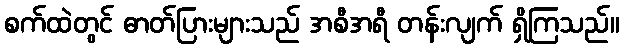
စက်ထဲတွင် ဓာတ်ပြားများသည် အစီအရီ တန်းလျက် ရှိကြသည်။